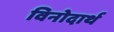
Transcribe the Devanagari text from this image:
विनोदार्थ